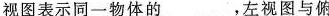
视图表示同一物体的___，左视图与俯